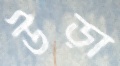
উড়া